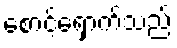
စောင့်ရှောက်သည်